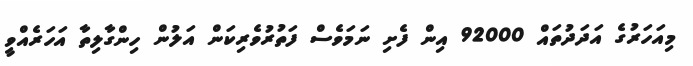
މިއަހަރުގެ އަދަދުތައް 92000 އިން ފެށި ނަމަވެސް ފަތުރުވެރިކަން އަލުން ހިންގާލިތާ އަހަރެއްވީ